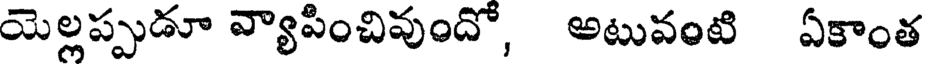
యెల్లప్పుడూ వ్యాపించివుందో, అటువంటి ఏకాంత